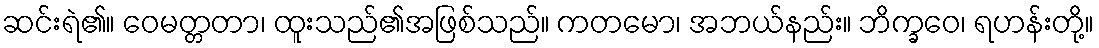
ဆင်းရဲ၏။ ဝေမတ္တတာ၊ ထူးသည်၏အဖြစ်သည်။ ကတမော၊ အဘယ်နည်း။ ဘိက္ခဝေ၊ ရဟန်းတို့။